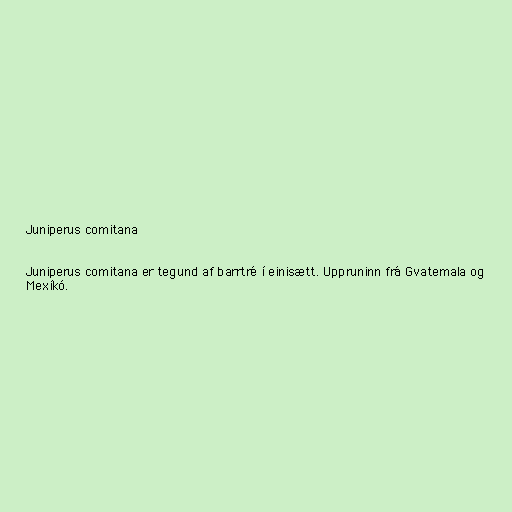
Juniperus comitana

Juniperus comitana er tegund af barrtré í einisætt. Uppruninn frá Gvatemala og
Mexíkó.